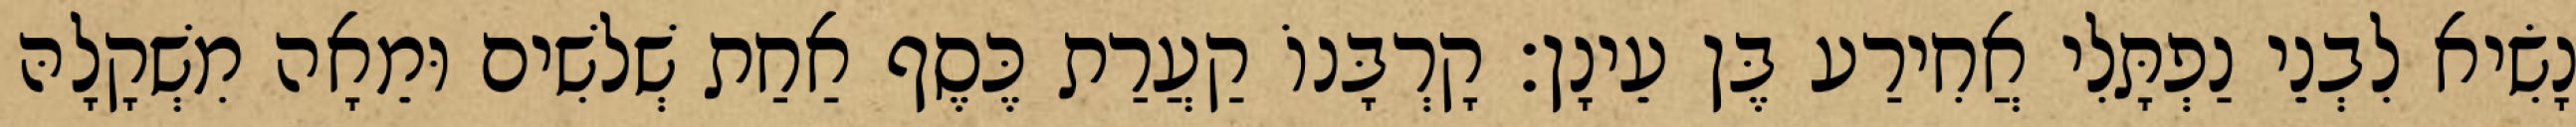
נָשִׂיא לִבְנֵי נַפְתָּלִי אֲחִירַע בֶּן עֵינָן׃ קָרְבָּנוֹ קַעֲרַת כֶּסֶף אַחַת שְׁלשִׁים וּמֵאָה מִשְׁקָלָהּ